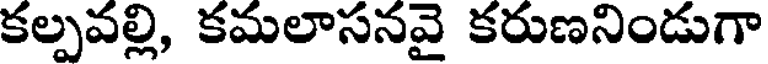
కల్పవల్లి, కమలాసనవై కరుణనిండుగా